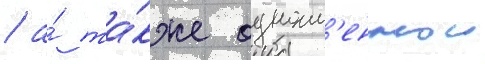
/ а́ та́кже одноим'еннои